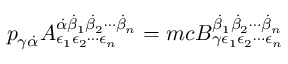
p _ { \gamma { \dot { \alpha } } } A _ { \epsilon _ { 1 } \epsilon _ { 2 } \cdots \epsilon _ { n } } ^ { { \dot { \alpha } } { \dot { \beta } } _ { 1 } { \dot { \beta } } _ { 2 } \cdots { \dot { \beta } } _ { n } } = m c B _ { \gamma \epsilon _ { 1 } \epsilon _ { 2 } \cdots \epsilon _ { n } } ^ { { \dot { \beta } } _ { 1 } { \dot { \beta } } _ { 2 } \cdots { \dot { \beta } } _ { n } }